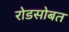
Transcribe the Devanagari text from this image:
रोडसोबत